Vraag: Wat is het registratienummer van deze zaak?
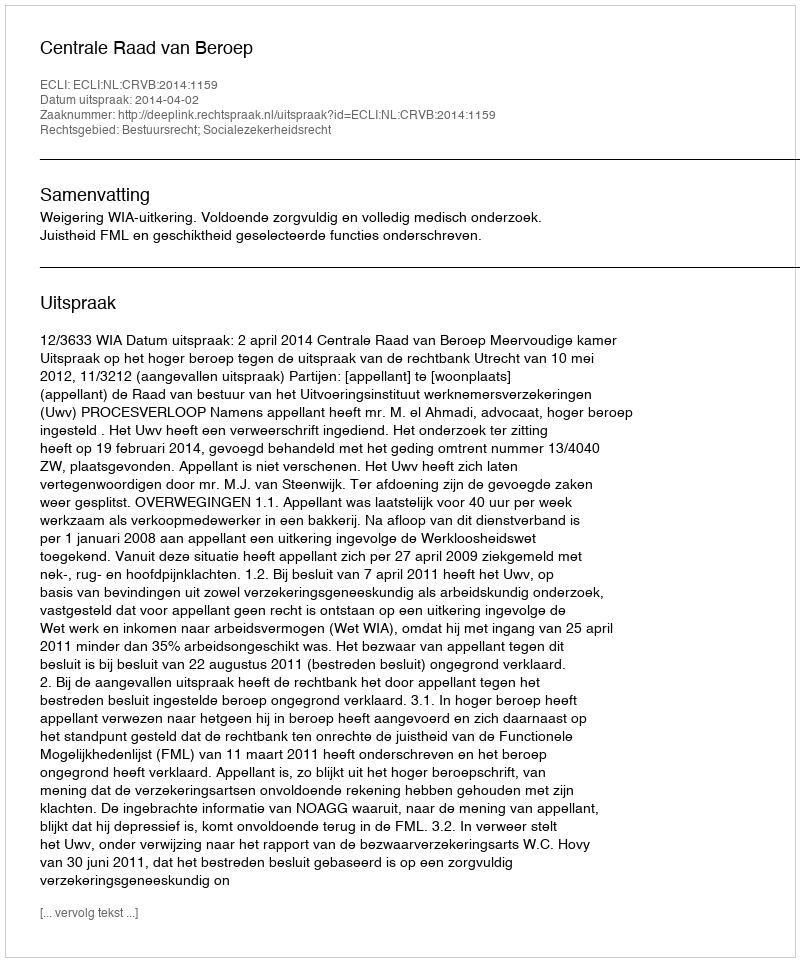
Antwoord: http://deeplink.rechtspraak.nl/uitspraak?id=ECLI:NL:CRVB:2014:1159